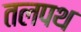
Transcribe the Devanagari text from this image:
तलपथ